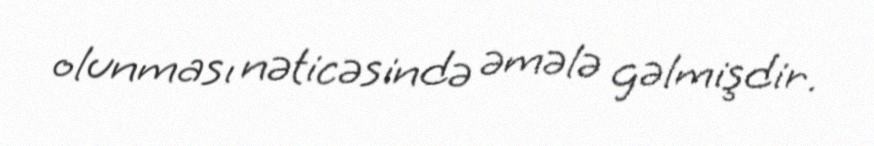
olunması nəticəsində əmələ gəlmişdir.